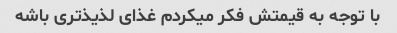
با توجه به قیمتش فکر میکردم غذای لذیذ‌تری باشه